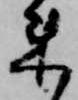
来